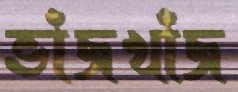
ভাঁজখাঁজ